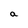
Character: a